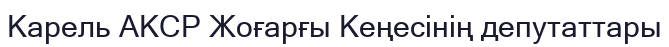
Карель АКСР Жоғарғы Кеңесінің депутаттары